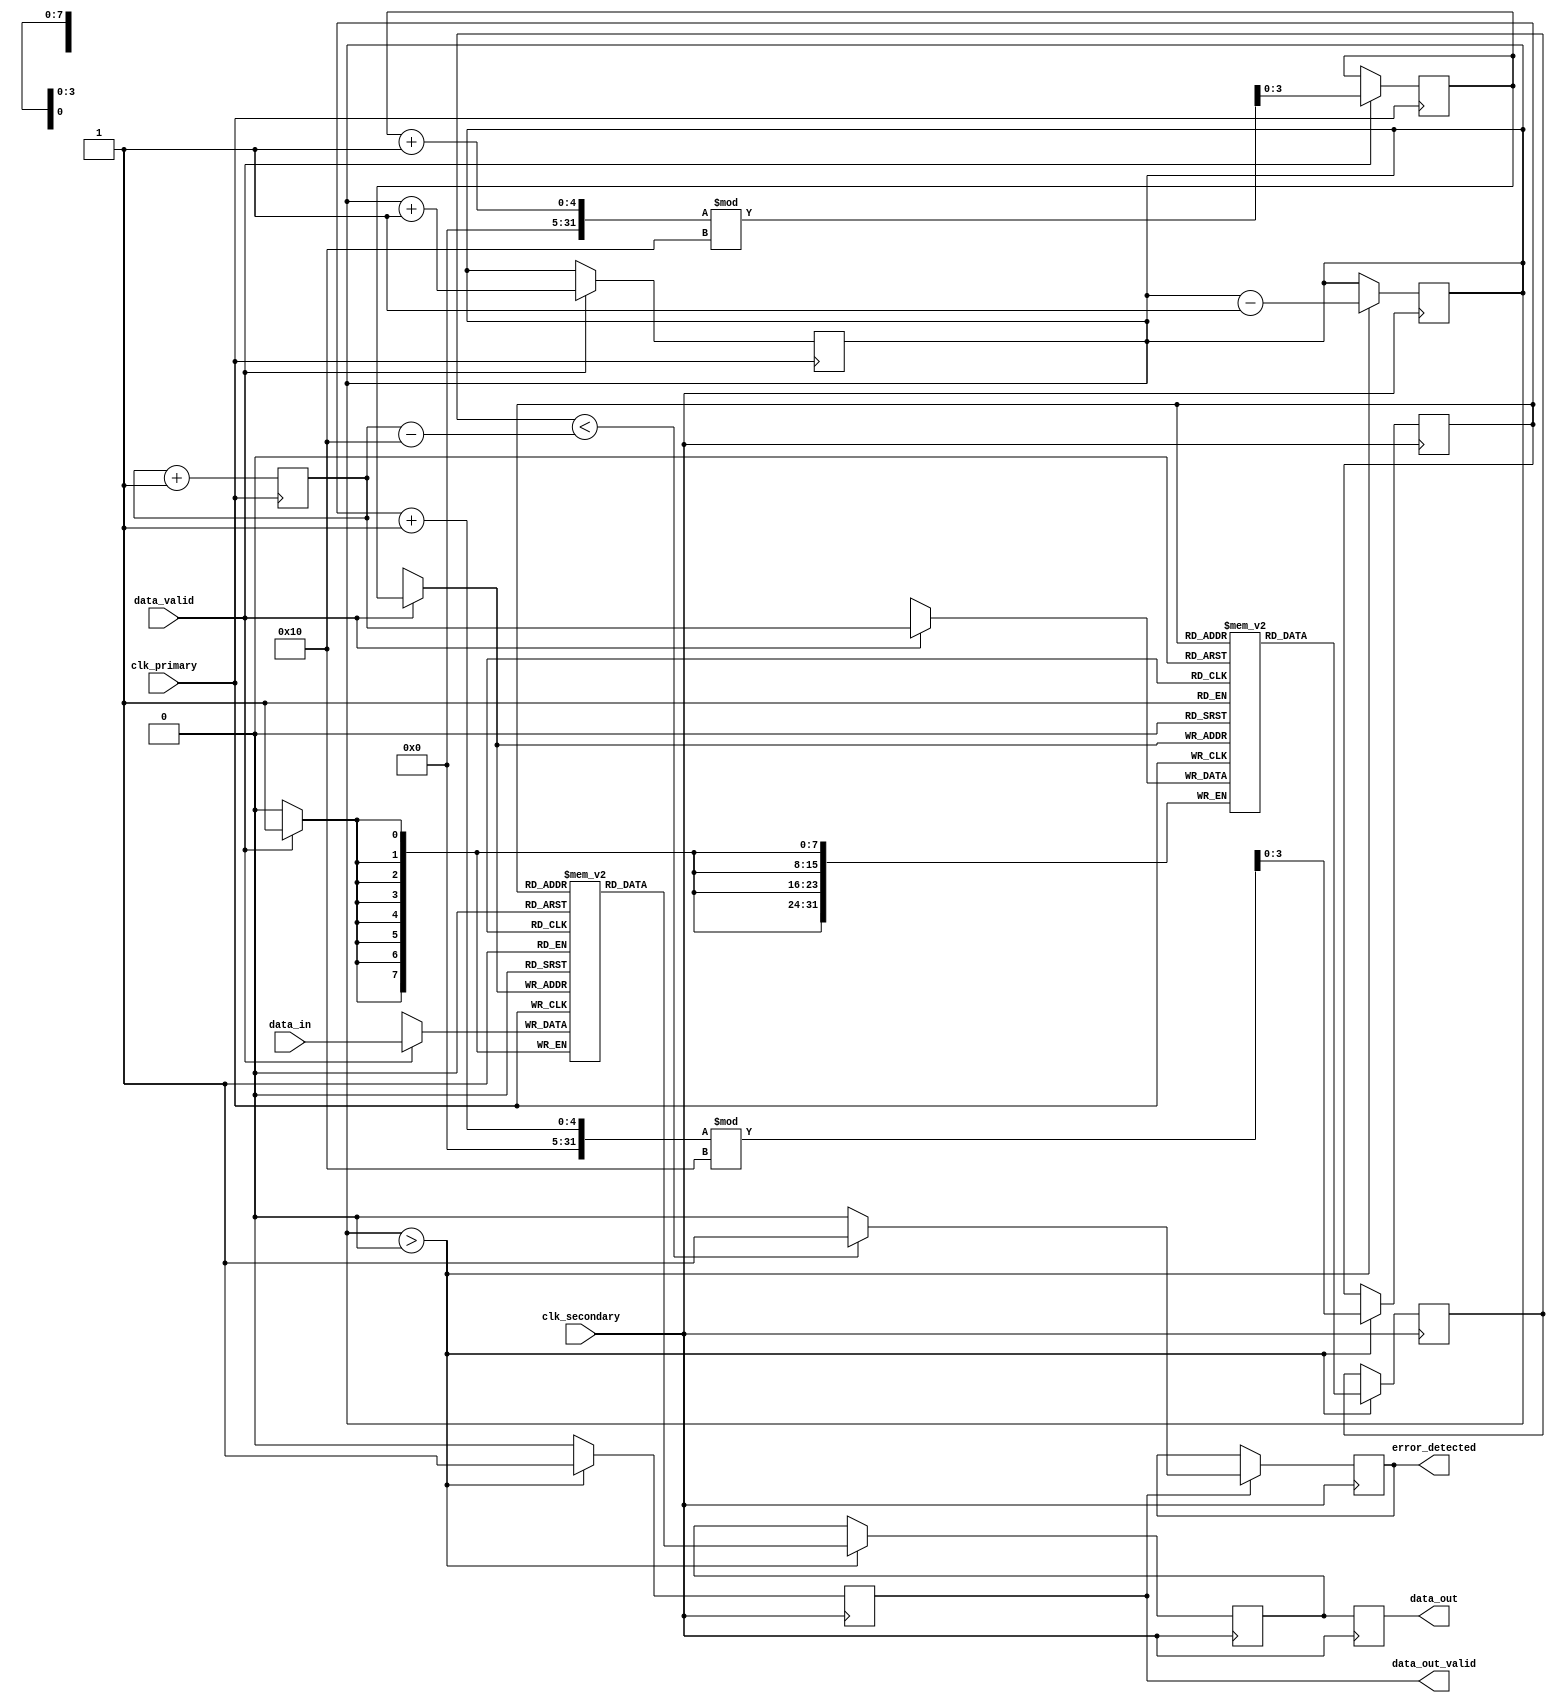
module TimeStampedSynchronizer #(
    parameter DATA_WIDTH = 8,
    parameter FIFO_DEPTH = 16
)(
    input wire clk_primary,           // Primary clock
    input wire clk_secondary,         // Secondary clock
    input wire [DATA_WIDTH-1:0] data_in, // Input data from primary clock domain
    input wire data_valid,            // Data valid signal from primary clock domain
    output reg [DATA_WIDTH-1:0] data_out, // Output data to secondary clock domain
    output reg data_out_valid,        // Output valid signal for secondary clock domain
    output reg error_detected         // Error detection signal
);

// Time-stamping logic
reg [31:0] timestamp; // 32-bit timestamp counter

// FIFO buffer
reg [DATA_WIDTH-1:0] fifo_data [0:FIFO_DEPTH-1];
reg [31:0] fifo_timestamp [0:FIFO_DEPTH-1];
reg [3:0] write_pointer; // Write pointer for FIFO
reg [3:0] read_pointer;  // Read pointer for FIFO
reg [3:0] fifo_count;    // Number of items in FIFO

// CDC Synchronization registers
reg data_valid_sync_1, data_valid_sync_2;
reg [DATA_WIDTH-1:0] data_out_temp;
reg [31:0] timestamp_out_temp;

// Write logic (Primary clock domain)
always @(posedge clk_primary) begin
    if (data_valid) begin
        // Capture data and timestamp
        fifo_data[write_pointer] <= data_in;
        fifo_timestamp[write_pointer] <= timestamp;
        write_pointer <= (write_pointer + 1) % FIFO_DEPTH;
        fifo_count <= fifo_count + 1;
    end
    timestamp <= timestamp + 1; // Increment timestamp
end

// Read logic (Secondary clock domain)
always @(posedge clk_secondary) begin
    if (fifo_count > 0) begin
        // Read data and timestamp from FIFO
        data_out_temp <= fifo_data[read_pointer];
        timestamp_out_temp <= fifo_timestamp[read_pointer];
        read_pointer <= (read_pointer + 1) % FIFO_DEPTH;
        fifo_count <= fifo_count - 1;
        data_out_valid <= 1'b1; // Indicate valid output data
    end else begin
        data_out_valid <= 1'b0; // No valid output data
    end
end

// Output assignment
always @(posedge clk_secondary) begin
    data_out <= data_out_temp;
end

// CDC Logic for data_valid signal
always @(posedge clk_secondary) begin
    data_valid_sync_1 <= data_valid;
    data_valid_sync_2 <= data_valid_sync_1;
end

// Error detection logic (simple example)
always @(posedge clk_secondary) begin
    if (data_out_valid) begin
        // Check for timestamp discrepancies (example logic)
        if (timestamp_out_temp < timestamp - FIFO_DEPTH) begin
            error_detected <= 1'b1; // Error detected
        end else begin
            error_detected <= 1'b0; // No error
        end
    end
end

endmodule